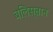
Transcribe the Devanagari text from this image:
बलिस्तान